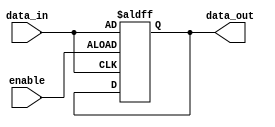
module transparent_latch(
    input enable,
    input data_in,
    output reg data_out
);

always @ (posedge enable or posedge data_in)
begin
    if(enable == 1'b1)
        data_out <= data_in;
end

endmodule